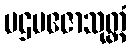
ပဌမဧဇာသုတ္တံ